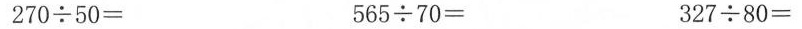
$$2 7 0 \div 5 0 =$$ $$5 6 5 \div 7 0 =$$ $$3 2 7 \div 8 0 =$$